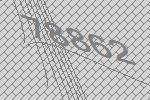
78862